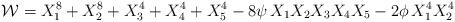
LaTeX: \begin{align*}{\cal W}=X_1^8 + X_2^8 + X_3^4 + X_4^4+ X_5^4 -8\psi \, X_1 X_2 X_3 X_4 X_5-2\phi \, X_1^4 X_2^4\end{align*}